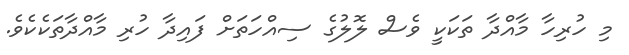
މި ހުރިހާ މާއްދާ ތަކަކީ ވެސް ލޮލުގެ ސިއްހަތަށް ފައިދާ ހުރި މާއްދާތަކެކެވެ.